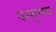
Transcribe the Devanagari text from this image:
वस्तुमय